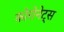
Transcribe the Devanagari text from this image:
कोरोनेट्स